Report of the Indian Hemp Drugs Commission, 1894-1895 - Volume VIII
Year: 1894
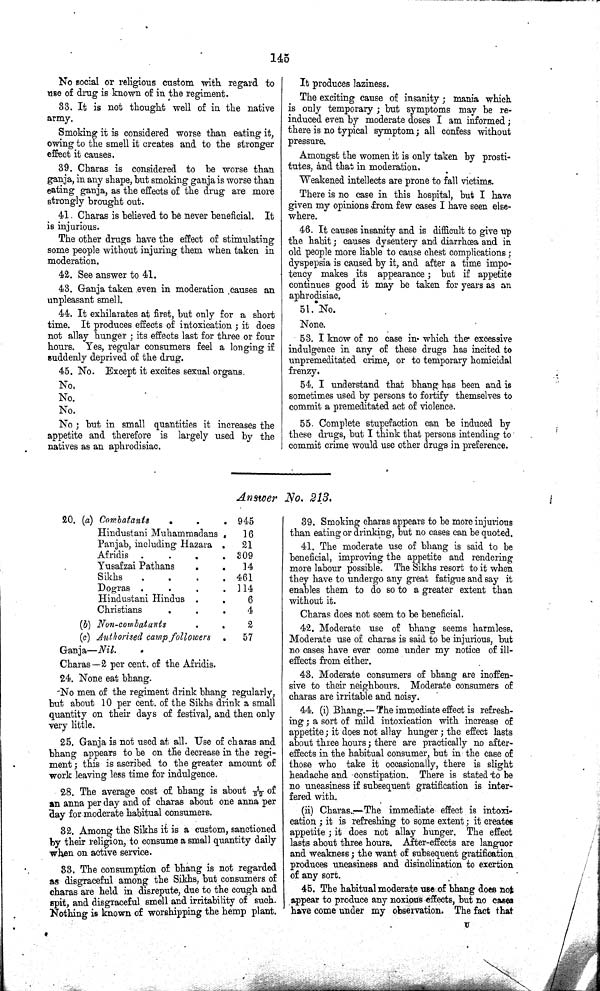
145
No social or religious custom with regard to
use of drug is known of in the regiment.
33. It is not thought well of in the native
army.
Smoking it is considered worse than eating it,
owing to the smell it creates and to the stronger
effect it causes.
39. Charas is considered to be worse than
ganja, in any shape, but smoking ganja is worse than
eating ganja, as the effects of the drug are more
strongly brought out.
41. Charas is believed to be never beneficial. It
is injurious.
The other drugs have the effect of stimulating
some people without injuring them when taken in
moderation.
42. See answer to 41.
43. Ganja taken even in moderation causes an
unpleasant smell.
44. It exhilarates at first, but only for a short
time. It produces effects of intoxication; it does
not allay hunger; its effects last for three or four
hours. Yes, regular consumers feel a longing if
suddenly deprived of the drug.
45. No. Except it excites sexual organs.
No.
No.
No.
No; but in small quantities it increases the
appetite and therefore is largely used by the
natives as an aphrodisiac.
It produces laziness.
The exciting cause of insanity; mania which
is only temporary; but symptoms may be re-
induced even by moderate doses I am informed;
there is no typical symptom; all confess without
pressure.
Amongst the women it is only taken by prosti¬
tutes, and that in moderation.
Weakened intellects are prone to fall victims.
There is no case in this hospital, but I have
given my opinions from few cases I have seen else¬
where.
46. It causes insanity and is difficult to give up
the habit; causes dysentery and diarrhœa and in
old people more liable to cause chest complications;
dyspepsia is caused by it, and after a time impo-
tency makes its appearance; but if appetite
continues good it may be taken for years as an
aphrodisiac.
51. No.
None.
53. I know of no case in which the excessive
indulgence in any of these drugs has incited to
unpremeditated crime, or to temporary homicidal
frenzy.
54. I understand that bhang has been and is
sometimes used by persons to fortify themselves to
commit a premeditated act of violence.
55. Complete stupefaction can be induced by
these drugs, but I think that persons intending to
commit crime would use other drugs in preference.
Answer No. 213.
20.
(a)
Combatants
945
Hindustani Muhammadans
16
Panjab, including Hazara
21
Afridis
309
Yusafzai Pathans
14
Sikhs
461
Dogras
114
Hindustani Hindus
6
Christians
4
(b) Non-combatants
2
(c) Authorised camp followers
57
Ganja—Nil.
Charas—2 per cent. of the Afridis.
24. None eat bhang.
No men of the regiment drink bhang regularly,
but about 10 per cent. of the Sikhs drink a small
quantity on their days of festival, and then only
very little.
25. Ganja is not used at all. Use of charas and
bhang appears to be on the decrease in the regi¬
ment; this is ascribed to the greater amount of
work leaving less time for indulgence.
28. The average cost of bhang is about 1/32 of
an anna per day and of charas about one anna per
day for moderate habitual consumers.
32. Among the Sikhs it is a custom, sanctioned
by their religion, to consume a small quantity daily
when on active service.
33. The consumption of bhang is not regarded
as disgraceful among the Sikhs, but consumers of
charas are held in disrepute, due to the cough and
spit, and disgraceful smell and irritability of such.
Nothing is known of worshipping the hemp plant.
39. Smoking charas appears to be more injurious
than eating or drinking, but no cases can be quoted.
41. The moderate use of bhang is said to be
beneficial, improving the appetite and rendering
more labour possible. The Sikhs resort to it when
they have to undergo any great fatigue and say it
enables them to do so to a greater extent than
without it.
Charas does not seem to be beneficial.
42. Moderate use of bhang seems harmless.
Moderate use of charas is said to be injurious, but
no cases have ever come under my notice of ill-
effects from either.
43. Moderate consumers of bhang are inoffen¬
sive to their neighbours. Moderate consumers of
charas are irritable and noisy.
44. (i) Bhang.— The immediate effect is refresh¬
ing; a sort of mild intoxication with increase of
appetite; it does not allay hunger; the effect lasts
about three hours; there are practically no after¬
effects in the habitual consumer, but in the case of
those who take it occasionally, there is slight
headache and constipation. There is stated to be
no uneasiness if subsequent gratification is inter¬
fered with.
(ii) Charas.—The immediate effect is intoxi¬
cation; it is refreshing to some extent; it creates
appetite; it does not allay hunger. The effect
lasts about three hours. After-effects are languor
and weakness; the want of subsequent gratification
produces uneasiness and disinclination to exertion
of any sort.
45. The habitual moderate use of bhang does not
appear to produce any noxious effects, but no cases
have come under my observation. The fact that
U